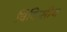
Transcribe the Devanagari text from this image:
चिकिसीय